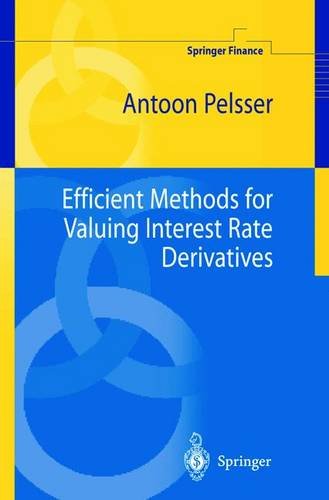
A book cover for Efficient Methods for Valuing Interest Rate Derivatives; Antoon Pelsser; Business & Money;